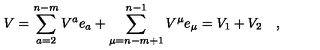
V = \sum _ { a = 2 } ^ { n - m } V ^ { a } e _ { a } + \sum _ { \mu = n - m + 1 } ^ { n - 1 } V ^ { \mu } e _ { \mu } = V _ { 1 } + V _ { 2 } \quad ,